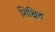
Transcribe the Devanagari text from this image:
शिक्षित